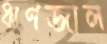
ঋণজাল